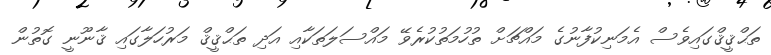
ތަޙްޤީޤްގައިވެސް އެމަނިކުފާނުގެ މައްޗަށް ތުހުމަތުކުރެވޭ މައްސަލަތަކާއި އަދި ތަޙްޤީޤް މަރުހަލާގައި ޤާނޫނީ ގޮތުން